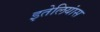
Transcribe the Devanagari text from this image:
इतेलियांस